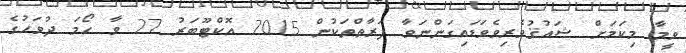
ވީމާ މިކަމަށް ޝައުޤުވެރިވެވަޑައިގަންނަވާ ފަރާތްތަކުން 2015 އޮކްޓޫބަރު 27 ވާ ހޯމަ ދުވަހުގެ